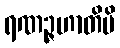
ရဏဉ္ဇဟာတိပိ